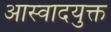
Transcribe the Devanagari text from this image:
आस्वादयुक्त